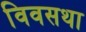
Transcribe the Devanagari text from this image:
विवसथा